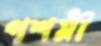
পশমী